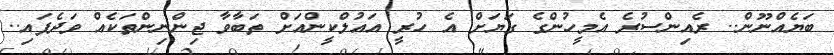
ބަޔެއްނޫން.. ރެއިންސުރެ އެމީހުންގެ ގަޔަށް އެ ހުރީ އައުލްކީންއަށް ތަބާވާ ޖިންނިންތަކެއް ވަދެފައި..